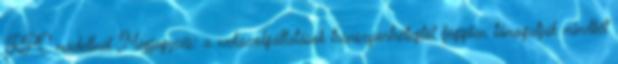
RPC modellnél Megjegyzés: a webszolgáltatások transzportrétegtől függően támogatják mindkét